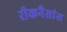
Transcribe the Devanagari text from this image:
रीकनैसांस